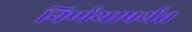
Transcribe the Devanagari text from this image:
निर्णयापर्यंत